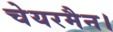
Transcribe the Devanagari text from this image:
चेयरमैन।